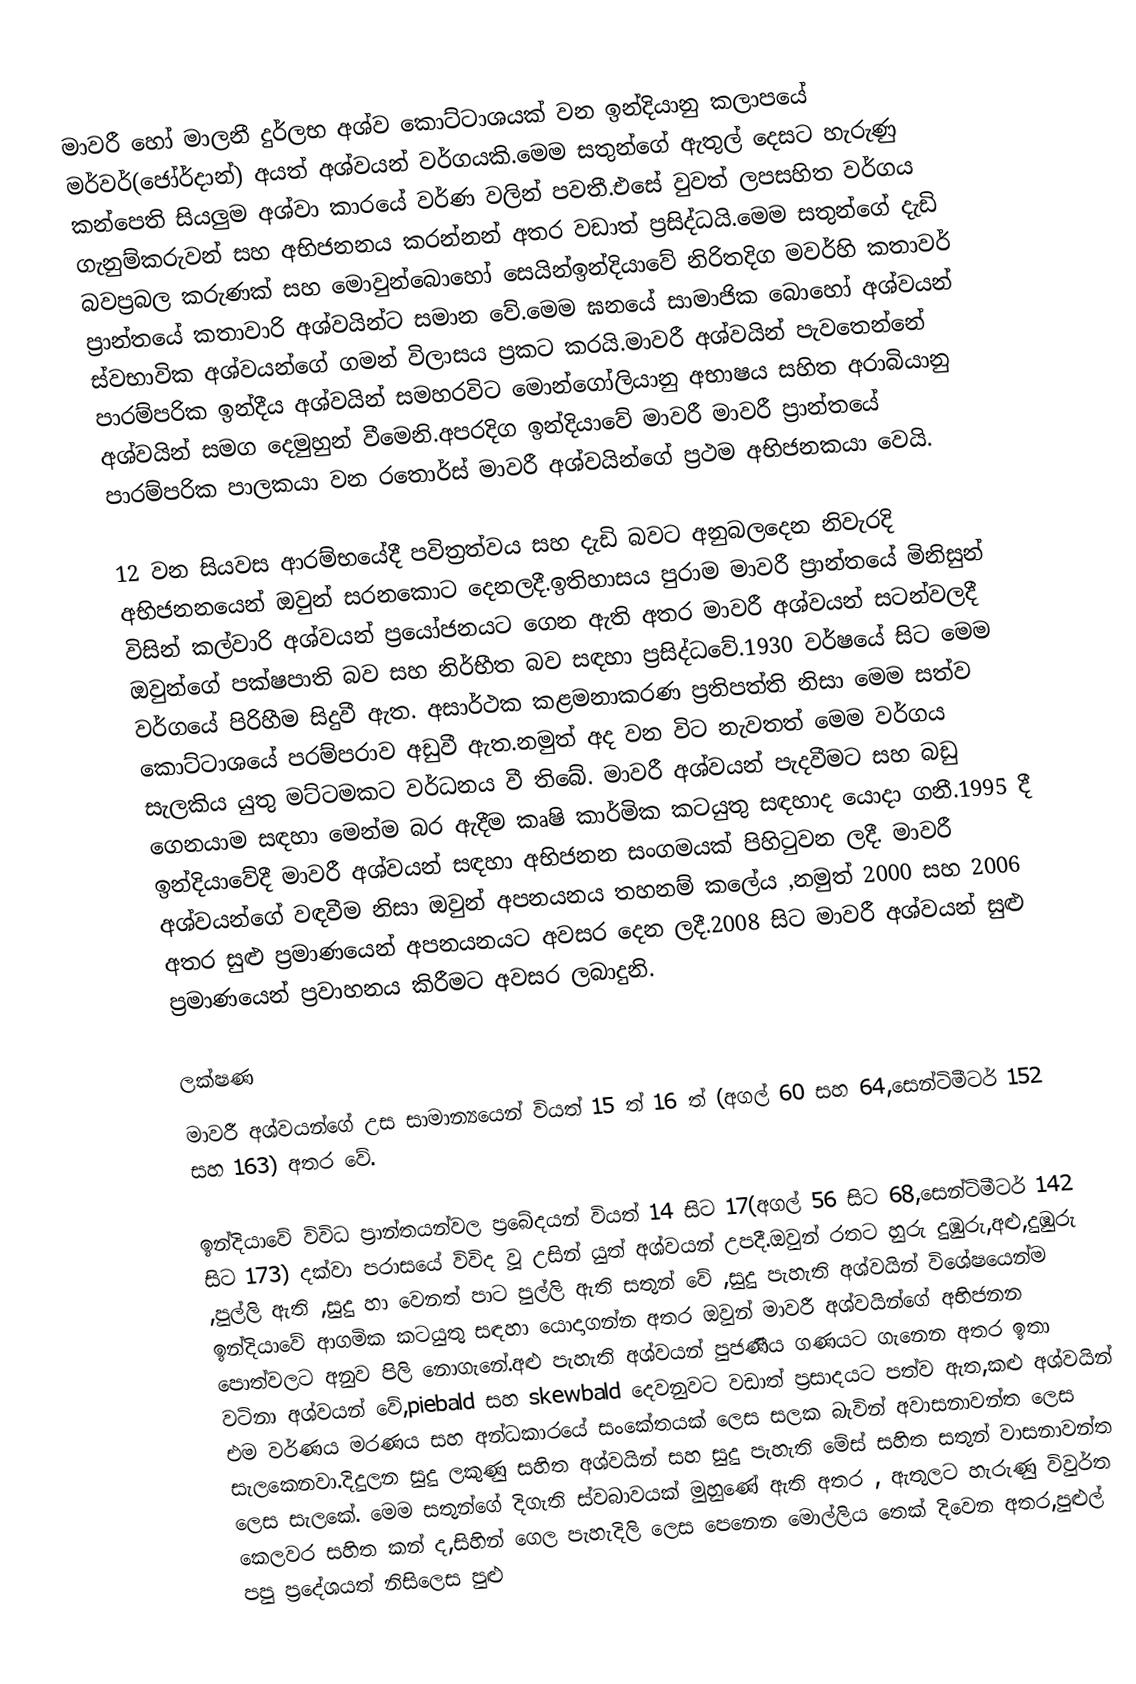
මාවරී හෝ මාලනී දුර්ලභ අශ්ව කොට්ටාශයක් වන ඉන්දියානු කලාපයේ මර්වර්(ජෝර්දාන්)  අයත් අශ්වයන් වර්ගයකි.මෙම සතුන්ගේ ඇතුල් දෙසට හැරුණු කන්පෙති සියලුම අශ්වා කාරයේ වර්ණ වලින් පවතී.එසේ වුවත් ලපසහිත වර්ගය ගැනුම්කරුවන් සහ අභිජනනය කරන්නන් අතර වඩාත් ප්‍රසිද්ධයි.මෙම සතුන්ගේ දැඩි බවප්‍රබල කරුණක්  සහ මොවුන්බොහෝ සෙයින්ඉන්දියාවේ නිරිතදිග මවර්හි කතාවර් ප්‍රාන්තයේ  කතාවාරි අශ්වයින්ට සමාන  වේ.මෙම ඝනයේ  සාමාජික බොහෝ අශ්වයන්  ස්වභාවික අශ්වයන්ගේ ගමන් විලාසය ප්‍රකට කරයි.මාවරී අශ්වයින් පැවතෙන්නේ  පාරම්පරික ඉන්දීය අශ්වයින් සමහරවිට මොන්ගෝලියානු අභාෂය සහිත අරාබියානු අශ්වයින්  සමග දෙමුහුන්  වීමෙනි.අපරදිග ඉන්දියාවේ මාවරී මාවරී ප්‍රාන්තයේ පාරම්පරික පාලකයා වන රතොර්ස් මාවරී අශ්වයින්ගේ ප්‍රථම අභිජනකයා වෙයි.

12 වන සියවස ආරම්භයේදී පවිත්‍රත්වය සහ දැඩි බවට  අනුබලදෙන නිවැරදි  අභිජනනයෙන්  ඔවුන් සරනකොට දෙනලදී.ඉතිහාසය පුරාම මාවරී ප්‍රාන්තයේ මිනිසුන් විසින් කල්වාරි අශ්වයන් ප්‍රයෝජනයට ගෙන ඇති අතර මාවරී අශ්වයන් සටන්වලදී  ඔවුන්ගේ පක්ෂපාති බව සහ  නිර්භීත බව සඳහා  ප්‍රසිද්ධවේ.1930 වර්ෂයේ සිට මෙම වර්ගයේ පිරිහීම සිදුවී ඇත. අසාර්ථක කළමනාකරණ ප්‍රතිපත්ති නිසා මෙම සත්ව කොට්ටාශයේ පරම්පරාව අඩුවී ඇත.නමුත් අද වන විට නැවතත් මෙම වර්ගය සැලකිය යුතු මට්ටමකට වර්ධනය වී තිබේ. මාවරී අශ්වයන් පැදවීමට සහ බඩු  ගෙනයාම සඳහා මෙන්ම බර ඇදීම කෘෂි කාර්මික කටයුතු සඳහාද යොදා ගනී.1995 දී  ඉන්දියාවේදී මාවරී අශ්වයන් සඳහා   අභිජනන සංගමයක් පිහිටුවන ලදී. මාවරී අශ්වයන්ගේ වඳවීම නිසා ඔවුන් අපනයනය තහනම්  කලේය ,නමුත් 2000 සහ 2006 අතර  සුළු ප්‍රමාණයෙන් අපනයනයට අවසර දෙන ලදී.2008 සිට මාවරී අශ්වයන් සුළු ප්‍රමාණයෙන් ප්‍රවාහනය කිරීමට අවසර ලබාදුනි.

ලක්ෂණ
මාවරී අශ්වයන්ගේ උස  සාමාන්‍යයෙන් වියත් 15 ත් 16 ත් (අගල් 60 සහ 64,සෙන්ටිමීටර් 152 සහ 163) අතර වේ.

ඉන්දියාවේ විවිධ ප්‍රාන්තයන්වල ප්‍රබේදයන් වියත් 14 සිට 17(අගල් 56 සිට 68,සෙන්ටිමීටර් 142 සිට 173) දක්වා පරාසයේ  විවිද වූ උසින් යුත් අශ්වයන් උපදී.ඔවුන් රතට හුරු දුඹුරු,අළු,දුඹුරු ,පුල්ලි ඇති ,සුදු හා වෙනත් පාට පුල්ලි ඇති සතුන් වේ ,සුදු පැහැති අශ්වයින් විශේෂයෙන්ම ඉන්දියාවේ ආගමික කටයුතු සඳහා යොදාගන්න අතර ඔවුන් මාවරී අශ්වයින්ගේ අභිජනන පොත්වලට අනුව පිලි නොගැනේ.අළු පැහැති  අශ්වයන් පුජණීය ගණයට ගැනෙන අතර ඉතා වටිනා අශ්වයන් වේ,piebald  සහ skewbald දෙවනුවට වඩාත් ප්‍රසාදයට පත්ව ඇත,කළු අශ්වයින් එම වර්ණය මරණය සහ අන්ධකාරයේ සංකේතයක්  ලෙස සලක බැවින් අවාසනාවන්ත  ලෙස සැලකෙනවා.දිදුලන සුදු ලකුණු සහිත අශ්වයින් සහ සුදු පැහැති මේස් සහිත සතුන් වාසනාවන්ත ලෙස සැලකේ. මෙම සතුන්ගේ දිගැති ස්වබාවයක් මුහුණේ ඇති අතර , ඇතුලට හැරුණු විවුර්ත කෙලවර සහිත කන් ද,සිහින් ගෙල පැහැදිලි ලෙස පෙනෙන මොල්ලිය තෙක් දිවෙන අතර,පුළුල් පපු ප්‍රදේශයත් නිසිලෙස පුළු